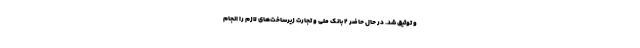
و توثیق شد. در حال حاضر ۲ بانک ملی و تجارت زیرساخت‌ها‌ی لازم را انجام